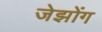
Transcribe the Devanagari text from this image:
जेझोंग